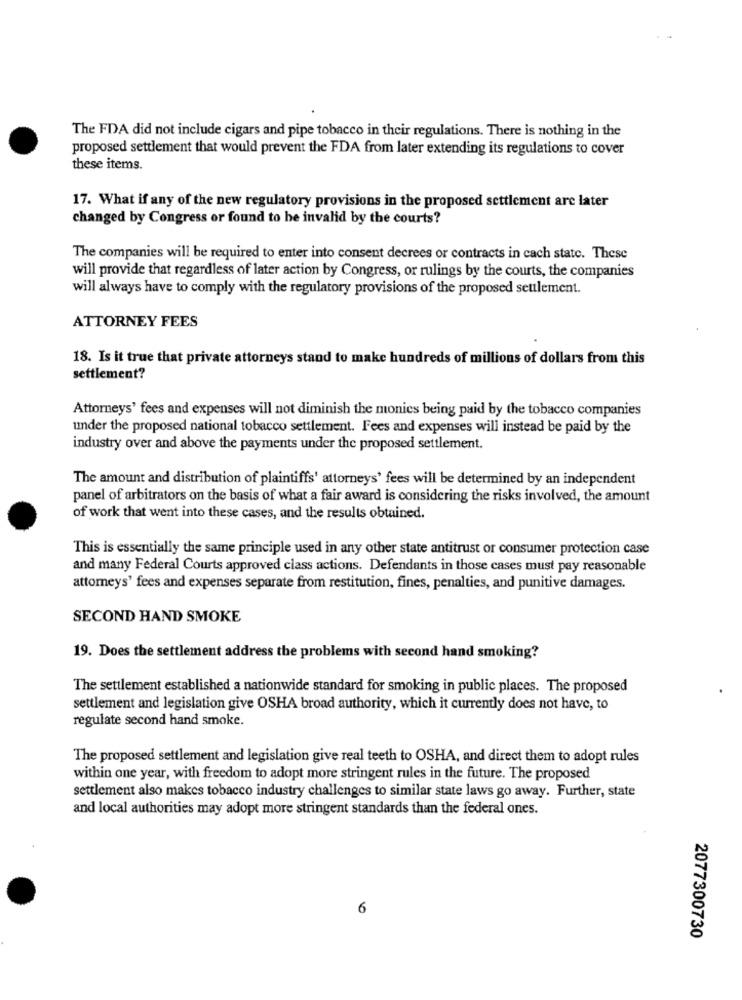
The FDA did not include cigars and pipe tobacco in their regulations. There is nothing in the
proposed settlement that would prevent the FDA from later extending its regulations to cover
these items.
17. What if any of the new regulatory provisions in the proposed settlement are later
changed by Congress or found to be invalid by the courts?
The companies will be required to enter into consent decrees or contracts in cach state. These
will provide that regardless of later action by Congress, or rulings by the courts, the companies
will always have to comply with the regulatory provisions of the proposed settlement.
ATTORNEY FEES
18. Is it true that private attorneys stand to make hundreds of millions of dollars from this
settlement?
Attorneys' fees and expenses will not diminish the monies being paid by the tobacco companies
under the proposed national tobacco settlement. Fees and expenses will instead be paid by the
industry over and above the payments under the proposed settlement.
The amount and distribution of plaintiffs' attorneys' fees will be determined by an independent
panel of arbitrators on the basis of what a fair award is considering the risks involved, the amount
of work that went into these cases, and the results obtained.
This is essentially the same principle used in any other state antitrust or consumer protection case
and many Federal Courts approved class actions. Defendants in those cases must pay reasonable
attorneys' fees and expenses separate from restitution, fines, penalties, and punitive damages.
SECOND HAND SMOKE
19. Does the settlement address the problems with second hand smoking?
The settlement established a nationwide standard for smoking in public places. The proposed
settlement and legislation give OSHA broad authority, which it currently does not have, to
regulate second hand smoke.
The proposed settlement and legislation give real teeth to OSHA, and direct them to adopt rules
within one year, with freedom to adopt more stringent rules in the future. The proposed
settlement also makes tobacco industry challenges to similar state laws go away. Further, state
and local authorities may adopt more stringent standards than the federal ones.
6
2077300730